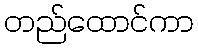
တည်ထောင်ကာ